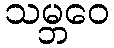
သမ္ဘဝေ